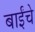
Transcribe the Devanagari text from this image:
बाईंचे